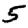
Digit: 5